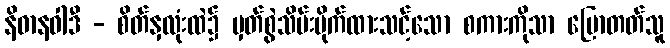
နိဓာနဝါဒီ - စိတ်နှလုံးထဲ၌ မှတ်စွဲသိမ်းပိုက်ထားသင့်သော စကားကိုသာ ပြောတတ်သူ